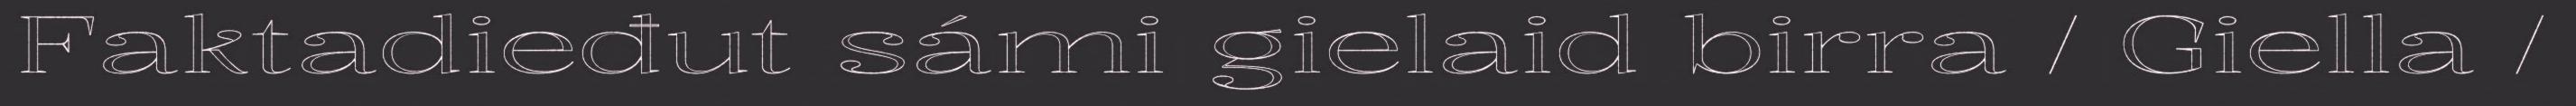
Faktadieđut sámi gielaid birra / Giella /